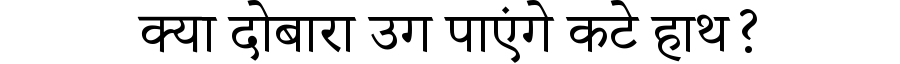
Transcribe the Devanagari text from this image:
क्या दोबारा उग पाएंगे कटे हाथ?